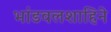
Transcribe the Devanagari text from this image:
भांडवलशाहिने